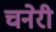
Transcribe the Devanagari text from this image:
चनेरी